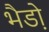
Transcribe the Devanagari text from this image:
भैडो़